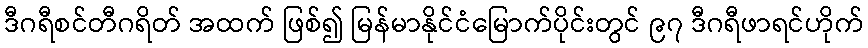
ဒီဂရီစင်တီဂရိတ် အထက် ဖြစ်၍ မြန်မာနိုင်ငံမြောက်ပိုင်းတွင် ၉၇ ဒီဂရီဖာရင်ဟိုက်